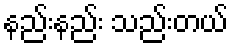
နည်းနည်း သည်းတယ်